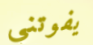
يفوتني